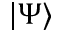
| \Psi \rangle